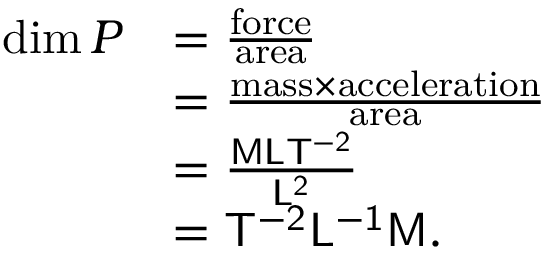
{ \begin{array} { r l } { \dim P } & { = { \frac { \mathrm { f o r c e } } { \mathrm { a r e a } } } } \\ & { = { \frac { { \mathrm { m a s s } } \times { \mathrm { a c c e l e r a t i o n } } } { \mathrm { a r e a } } } } \\ & { = { \frac { \mathsf { M L T ^ { - 2 } } } { \mathsf { L ^ { 2 } } } } } \\ & { = { \mathsf { T ^ { - 2 } L ^ { - 1 } M } } . } \end{array} }